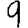
Digit: 9